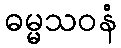
ဓမ္မသဝနံ